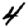
Digit: 4